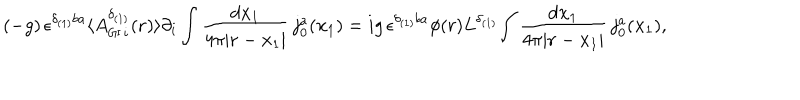
LaTeX: ( - g ) \, { \epsilon } ^ { { \delta } _ { ( 1 ) } b a } \langle { A _ { { \sf G I } \, i } ^ { { \delta } _ { ( 1 ) } } ( { \bf { r } } ) \rangle \partial _ { i } \int \frac { d { \bf x } _ { 1 } } { 4 { \pi } | { \bf r } - { \bf x } _ { 1 } | } \, j _ { 0 } ^ { a } ( { { \bf x } _ { 1 } } } ) = i g \, { \epsilon } ^ { { \delta } _ { ( 1 ) } b a } { \phi } ( r ) L ^ { { \delta } _ { ( 1 ) } } { \int \frac { d { \bf x } _ { 1 } } { 4 { \pi } | { \bf r } - { \bf x } _ { 1 } | } \, j _ { 0 } ^ { a } ( { { \bf x } _ { 1 } } } ) ,